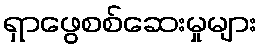
ရှာဖွေစစ်ဆေးမှုများ